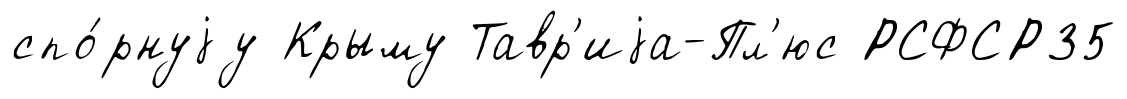
спо́рнуjу Крыму Тавр'иjа-Пл'юс РСФСР35